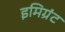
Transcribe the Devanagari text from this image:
इमिग्रंट